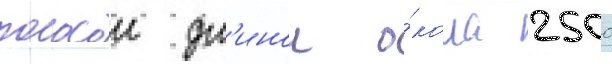
полосои дл'инои о́коло 2500